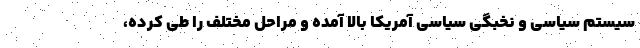
سیستم سیاسی و نخبگی سیاسی آمریکا بالا آمده و مراحل مختلف را طی کرده،